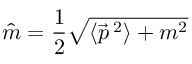
\hat { m } = \frac { 1 } { 2 } { \sqrt { \langle \vec { p } \, { } ^ { 2 } \rangle + m ^ { 2 } } }